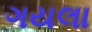
ગયલા